Vaccination in Bombay 1856-1862 - 1856-1862
Year: 1856
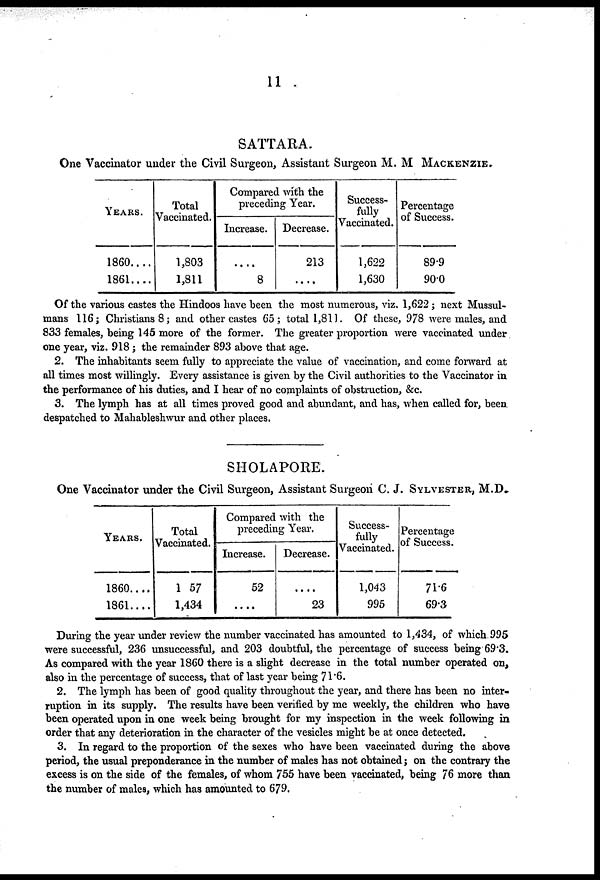
11
SATTARA.
One Vaccinator under the Civil Surgeon, Assistant Surgeon M. M MACKENZIE.
YEARS.
1860....
1861....
Total
Vaccinated.
1,803
1,811
Compared with the
preceding Year.
Increase.
....
8
Decrease.
213
....
Success-
fully
Vaccinated.
1,622
1,630
Percentage
of Success.
89.9
90.0
Of the various castes the Hindoos have been the most numerous, viz. 1,622 ; next Mussul-
mans 116; Christians 8 ; and other castes 65; total 1,811. Of these, 978 were males, and
833 females, being 145 more of the former. The greater proportion were vaccinated under
one year, viz. 918 ; the remainder 893 above that age.
2. The inhabitants seem fully to appreciate the value of vaccination, and come forward at
all times most willingly. Every assistance is given by the Civil authorities to the Vaccinator in
the performance of his duties, and I hear of no complaints of obstruction, &c.
3. The lymph has at all times proved good and abundant, and has, when called for, been
despatched to Mahableshwur and other places.
SHOLAPORE;
One Vaccinator under the Civil Surgeon, Assistant Surgeon C. J. SYLVESTER, M.D.
YEARS.
1860....
1861....
Total
Vaccinated.
1 57
1,434
Compared with the
preceding Year.
Increase.
52
....
Decrease.
....
23
Success-
fully
Vaccinated.
1,043
995
Percentage
of Success.
71.6
69.3
During the year under review the number vaccinated has amounted to 1,434, of which. 995
were successful, 236 unsuccessful, and 203 doubtful, the percentage of success being 69.3.
As compared with the year 1860 there is a slight decrease in the total number operated on,
also in the percentage of success, that of last year being 71.6.
2. The lymph has been of good quality throughout the year, and there has been no inter-
ruption in its supply. The results have been verified by me weekly, the children who have
been operated upon in one week being brought for my inspection in the week following in
order that any deterioration in the character of the vesicles might be at once detected.
3. In regard to the proportion of the sexes who have been vaccinated during the above
period, the usual preponderance in the number of males has not obtained; on the contrary the
excess is on the side of the females, of whom 755 have been vaccinated, being 76 more than
the number of males, which has amounted to 679.